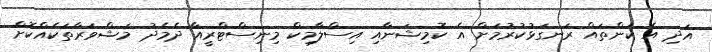
އަދި އެ ކަންތައް ރަނގަޅުކުރުމަށް އެ ކޮމިޝަނާއި އިސްލާމިކް މިނިސްޓްރީއާ ދެމެދު މަޝްވަރާތަކެއްކޮށް